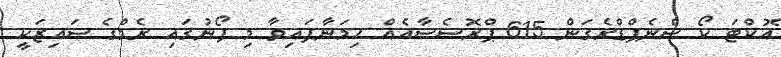
އޮކްޓަ ކޯ ސްނެޕްޑްރެގަން 615 ޕްރޮސެސާއެއް ހިމަނާފައިވާ މި ފޯނުގައި ރެމްގެ ސައިޒަކީ